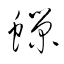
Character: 蠑